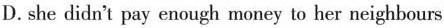
D. she didn't pay enough money to her neighbours